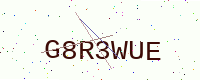
Text: G8R3WUE